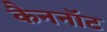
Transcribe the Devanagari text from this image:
कैननॉट